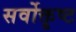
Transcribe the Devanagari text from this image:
सर्वोक्तृष्ट